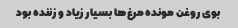
بوی روغن مونده مرغ‌ها بسیار زیاد و زننده بود